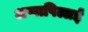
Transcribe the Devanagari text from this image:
अप्पापिल्लई